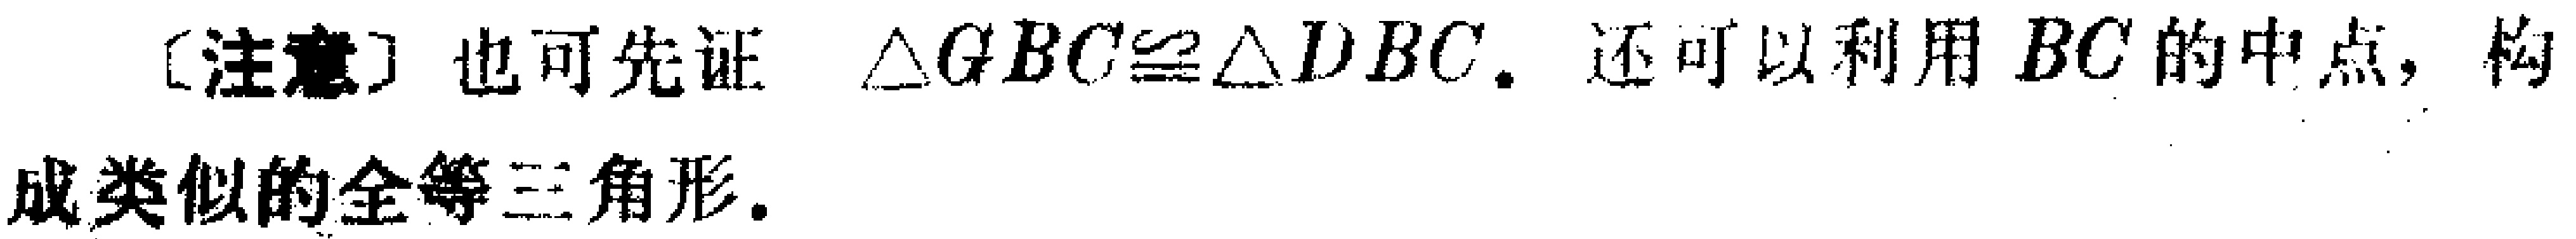
[注意] 也可先证 $\triangle GBC\cong\triangle DBC$. 还可以利用 $BC$ 的中点, 构成类似的全等三角形.